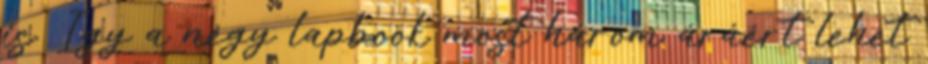
is. Így a négy lapbook most három áráért lehet